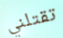
تقتلني